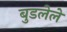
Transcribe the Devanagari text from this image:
बुडलेले